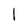
Character: I